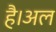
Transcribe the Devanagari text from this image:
है।अल